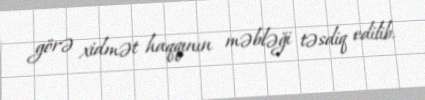
görə xidmət haqqının məbləği təsdiq edilib.